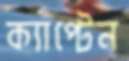
ক্যাপ্টেন